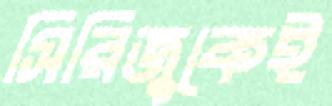
সিরিজুকেই